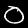
Digit: 0